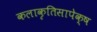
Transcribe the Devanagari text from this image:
कलाकृतिसापेक्ष